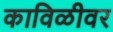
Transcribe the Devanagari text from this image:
काविळीवर